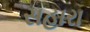
સહારા